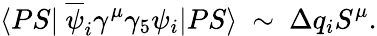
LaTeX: \langle PS|~\overline{{{\psi}}}_{i}\gamma^{\mu}\gamma_{5}\psi_{i}|PS\rangle~\sim~\Delta q_{i}S^{\mu}.